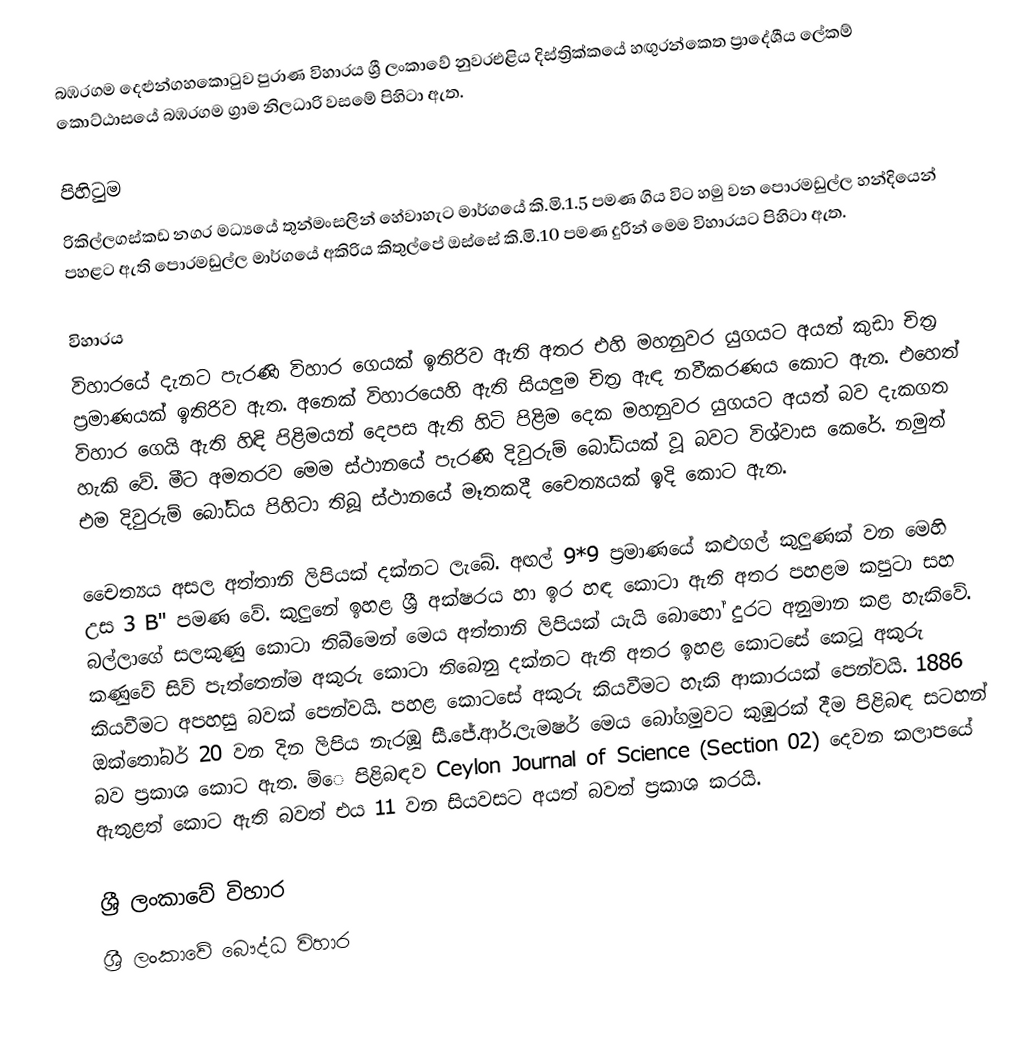
බඹරගම දෙළුන්ගහකොටුව පුරාණ විහාරය ශ්‍රී ලංකාවේ නුවරඑළිය දිස්ත්‍රික්කයේ හඟුරන්කෙත ප්‍රාදේශීය ලේකම් කොට්ඨාසයේ බඹරගම ග්‍රාම නිලධාරි වසමේ පිහිටා ඇත.

පිහිටුම
රිකිල්ලගස්කඩ නගර මධ්‍යයේ තුන්මංසලින් හේවාහැට මාර්ගයේ කි.මි.1.5 පමණ ගිය විට හමු වන පොරමඩුල්ල හන්දියෙන් පහළට ඇති පොරමඩුල්ල මාර්ගයේ අකිරිය කිතුල්පේ ඔස්සේ කි.මි.10 පමණ දුරින් මෙම විහාරයට පිහිටා ඇත.

විහාරය
විහාරයේ දැනට පැරණි විහාර ගෙයක් ඉතිරිව ඇති අතර එහි මහනුවර යුගයට අයත් කුඩා චිත්‍ර ප්‍රමාණයක් ඉතිරිව ඇත. අනෙක් විහාරයෙහි ඇති සියලුම චිත්‍ර ඇඳ නවීකරණය කොට ඇත. එහෙත් විහාර ගෙයි ඇති හිඳි පිළිමයන් දෙපස ඇති හිටි පිළිම දෙක මහනුවර යුගයට අයත් බව දැකගත හැකි වේ. මීට අමතරව මෙම ස්ථානයේ පැරණි දිවුරුම් බෝධියක් වූ බවට විශ්වාස කෙරේ. නමුත් එම දිවුරුම් බෝධිය පිහිටා තිබූ ස්ථානයේ මෑතකදී චෛත්‍යයක් ඉදි කොට ඇත.

චෛත්‍යය අසල අත්තානි ලිපියක් දක්නට ලැබේ. අඟල් 9*9 ප්‍රමාණයේ කළුගල් කුලුණක් වන මෙහි උස 3 B" පමණ වේ‍. කුලුනේ ඉහළ ශ්‍රී අක්ෂරය හා ඉර හඳ කොටා ඇති අතර පහළම කපුටා සහ බල්ලාගේ සලකුණු කොටා තිබීමෙන් මෙය අත්තානි ලිපියක් යැයි බොහෝ දුරට අනුමාන කළ හැකිවේ. කණුවේ‍ සිව් පැත්තෙන්ම අකුරු කොටා තිබෙනු දක්නට ඇති අතර ඉහළ කොටසේ කෙටූ අකුරු කියවීමට අපහසු බවක් පෙන්වයි. පහළ කොටසේ අකුරු කියවීමට හැකි ආකාරයක් පෙන්වයි. 1886 ඔක්තෝබර් 20 වන දින ලිපිය නැරඹූ සී.ජේ.ආර්.ලැමෂර් මෙය බෝගමුවට කුඹුරක් දීම පිළිබඳ සටහන් බව ප්‍රකාශ කොට ඇත. ම්‍ෙ පිළිබඳව Ceylon Journal of Science (Section 02) දෙවන කලාපයේ ඇතුළත් කොට ඇති බවත් එය 11 වන සියවසට අයත් බවත් ප්‍රකාශ කරයි.

ශ්‍රී ලංකාවේ විහාර
ශ්‍රී ලංකාවේ බෞද්ධ විහාර